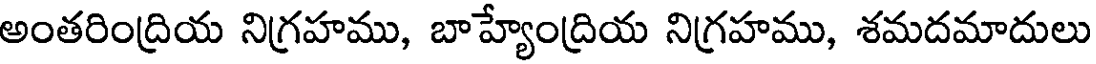
అంతరింద్రియ నిగ్రహము, బాహ్యేంద్రియ నిగ్రహము, శమదమాదులు